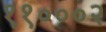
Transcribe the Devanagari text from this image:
११०००२